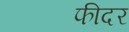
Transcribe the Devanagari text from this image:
फीदर